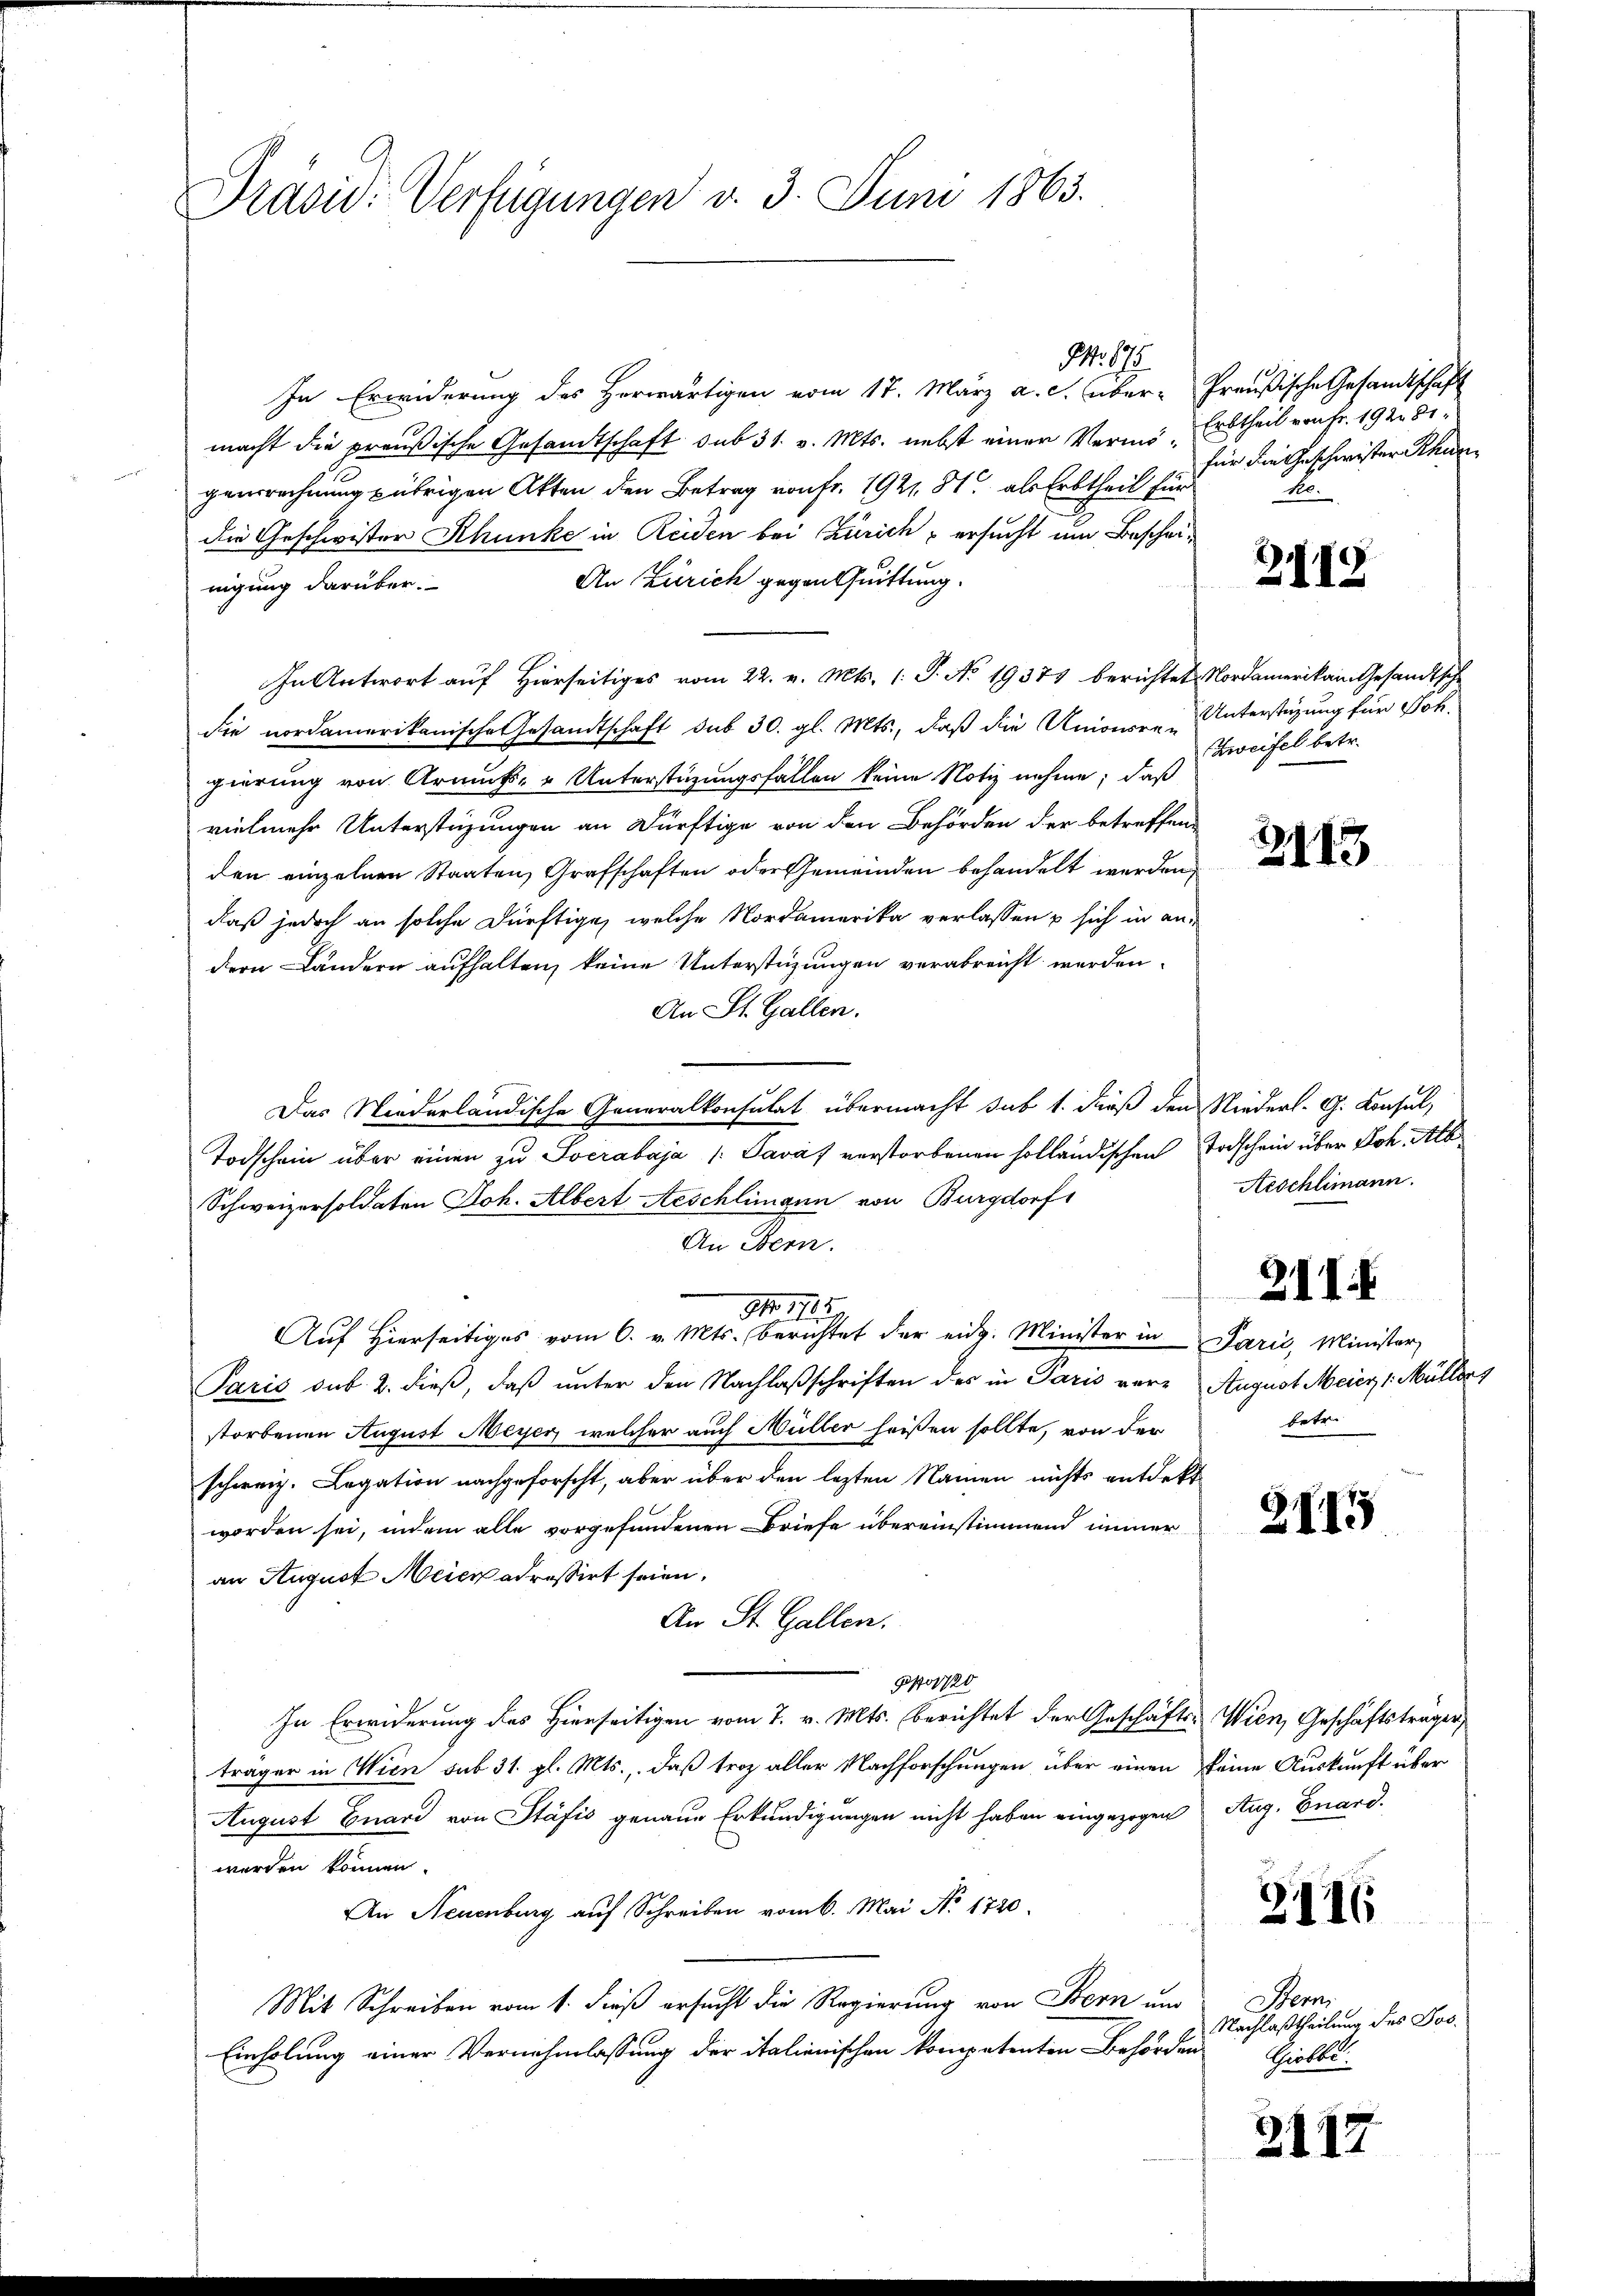
Präsid: Verfügungen d. 3. Juni 1863.

In Erwiderung des Herwärtigen vom 17. März a. c. über-Preußische Gesandtschaft
macht die preußische Gesandtschaft sub 31. v. Mts. nebst einer Vermö- Erbtheil von Fr. 192 digenrechnung übrigen Akten den Betrag von Fr. 1921. 81 als Erbtheil für
die Geschwister Rhunke in Reiden bei Zürich ersucht um Beschei¬
An Zürich gegen Quittung.
nigung darüber.
In Antwort auf Hierseitiges vom 22. v. Mts. (: P. No 19375 berichtet. Nordamerikan Gesandtsche
die nordamerikanische Gesandtschaft sub 30. gl. Mts., daß die Unionsre Unterstüzung für Joh.
gierung von Armut- u Unterstüzungsfallen keine Notiz nehme, daß
vielmehr Unterstüzungen an Dürftige von den Behörden der betreffen
den einzelnen Staaten Grafschaften oder Gemeinden behandelt werden,
daß jedoch an solche Dürftige, welche Nordamerika verlassen u sich in andern Ländern aufhalten, keine Unterstüzungen verabreicht werden
An St. Gallen.
Das Niederländische Generalkonsulat übermacht sub 1. dieß den Niederl. G. Consul,
Todschein über einen zu Socrabaja /: Saváf verstorbenen holländischen Todschein über Joh. Alb
Schweizersoldaten Joh. Albert Aeschlimann von Burgdorf
An Bern.
No 1115.
Aŭf Hierseitiges vom 6. v. Mts. berichtet der eidg. Minister in Parić, Minister
Paris sub. 2. dieß, daß unter den Nachlaßschriften des in Paris ver¬ August Meier, 1. Müllers
storbenen August Meyer, welcher auch Müller heißen sollte, von der
schweiz. Legation nachgeforscht, aber über den lezten Namen nichts entdekt
worden sei, indem alle vorgefundenen Briefe übereinstimmend immer
an August Meier adressirt seien.
An St. Gallen.
po1120
In Erwiderung des Hierseitigen vom 7. v. Mts. berichtet der Geschäfts-Wien, Geschäftsträger
träger in Wien sub 31. gl. Mts., daß troz aller Nachforschungen über einen keine Auskunft über
August Guard von Stäfis genaue Erkundigungen nicht haben eingezogen Aug. Bnard.
werden können.
An Neuenburg auf Schreiben vom 6. Mai No 1720.
Mit Schreiben vom 1. dieß ersucht die Regierung von Bern um
Einholung einer Vernehmlassung der italienischen kompetenten Behörden

G. 175

für die Geschwister Khuen
Re.

219

Zweifel betr.

2143

Aeschlimann.

2III

betrei¬

2815

3116

Stern
Nachlaßtheilung des Jos.
thielte.

2117